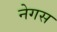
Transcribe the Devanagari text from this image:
नेगस